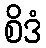
စိဒံ